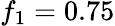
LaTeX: f_{1}=0.75